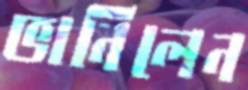
ভানিলেন